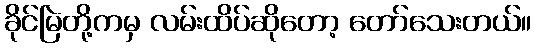
ခိုင်မြဲတို့ကမှ လမ်းထိပ်ဆိုတော့ တော်သေးတယ်။